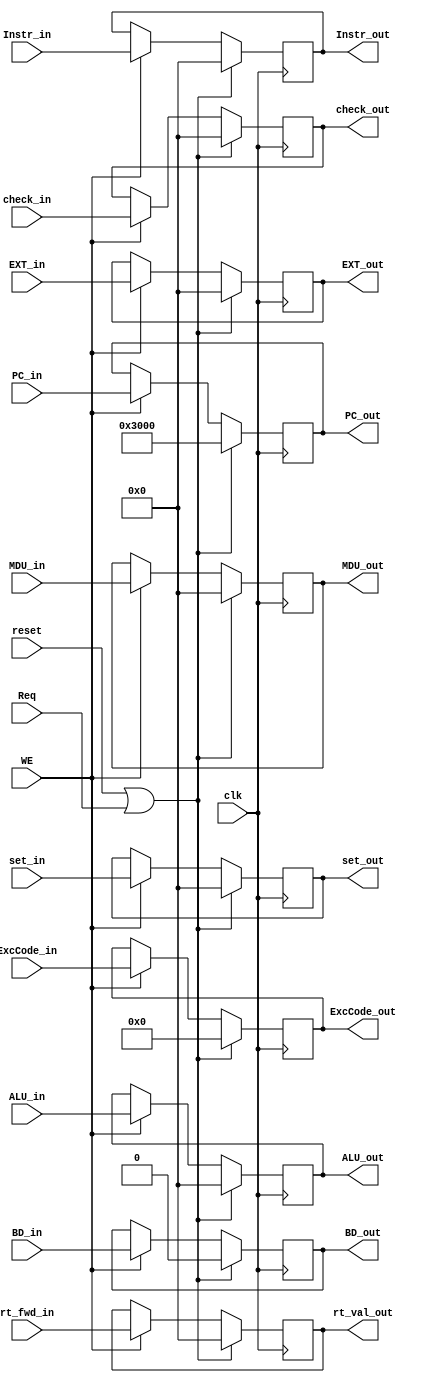
module M_REG (
        input clk,
        input reset,
        input WE,
        input Req,
        input [4: 0] ExcCode_in,
        input [31: 0] PC_in,
        input [31: 0] Instr_in,
        input BD_in,
        input [31: 0] rt_fwd_in,
        input [31: 0] EXT_in,
        input [31: 0] ALU_in,
        input [31: 0] MDU_in,
        output reg [4: 0] ExcCode_out,
        output reg [31: 0] PC_out,
        output reg [31: 0] Instr_out,
        output reg BD_out,
        output reg [31: 0] EXT_out,
        output reg [31: 0] rt_val_out,
        output reg [31: 0] ALU_out,
        output reg [31: 0] MDU_out,

        input [31: 0] check_in,
        input [31: 0] set_in,
        output reg [31: 0] check_out,
        output reg [31: 0] set_out
    );

    always @(posedge clk) begin
        if (reset || Req) begin
            ExcCode_out <= 0;
            PC_out <= 32'h3000;
            Instr_out <= 0;
            BD_out <= 0;
            rt_val_out <= 0;
            EXT_out <= 0;
            ALU_out <= 0;
            MDU_out <= 0;
            check_out <= 0;
            set_out <= 0;
        end
        else if (WE) begin
            ExcCode_out <= ExcCode_in;
            PC_out <= PC_in;
            Instr_out <= Instr_in;
            BD_out <= BD_in;
            rt_val_out <= rt_fwd_in;
            EXT_out <= EXT_in;
            ALU_out <= ALU_in;
            MDU_out <= MDU_in;
            check_out <= check_in;
            set_out <= set_in;
        end
    end

endmodule